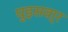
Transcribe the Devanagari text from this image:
घुड़सवा्र